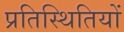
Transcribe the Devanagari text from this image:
प्रतिस्थितियों